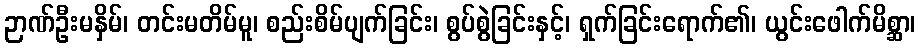
ဉာဏ်ဦးမနှိမ်၊ တင်းမတိမ်မူ၊ စည်းစိမ်ပျက်ခြင်း၊ စွပ်စွဲခြင်းနှင့်၊ ရှက်ခြင်းရောက်၏၊ ယွင်းဖေါက်မိစ္ဆာ၊